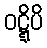
ဝဋ္ဋိပိ